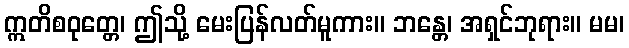
ဣတိစဝုတ္တေ၊ ဤသို့ မေးပြန်လတ်မူကား။ ဘန္တေ၊ အရှင်ဘုရား။ မမ၊